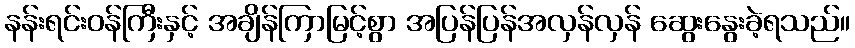
နန်းရင်းဝန်ကြီးနှင့် အချိန်ကြာမြင့်စွာ အပြန်ပြန်အလှန်လှန် ဆွေးနွေးခဲ့ရသည်။